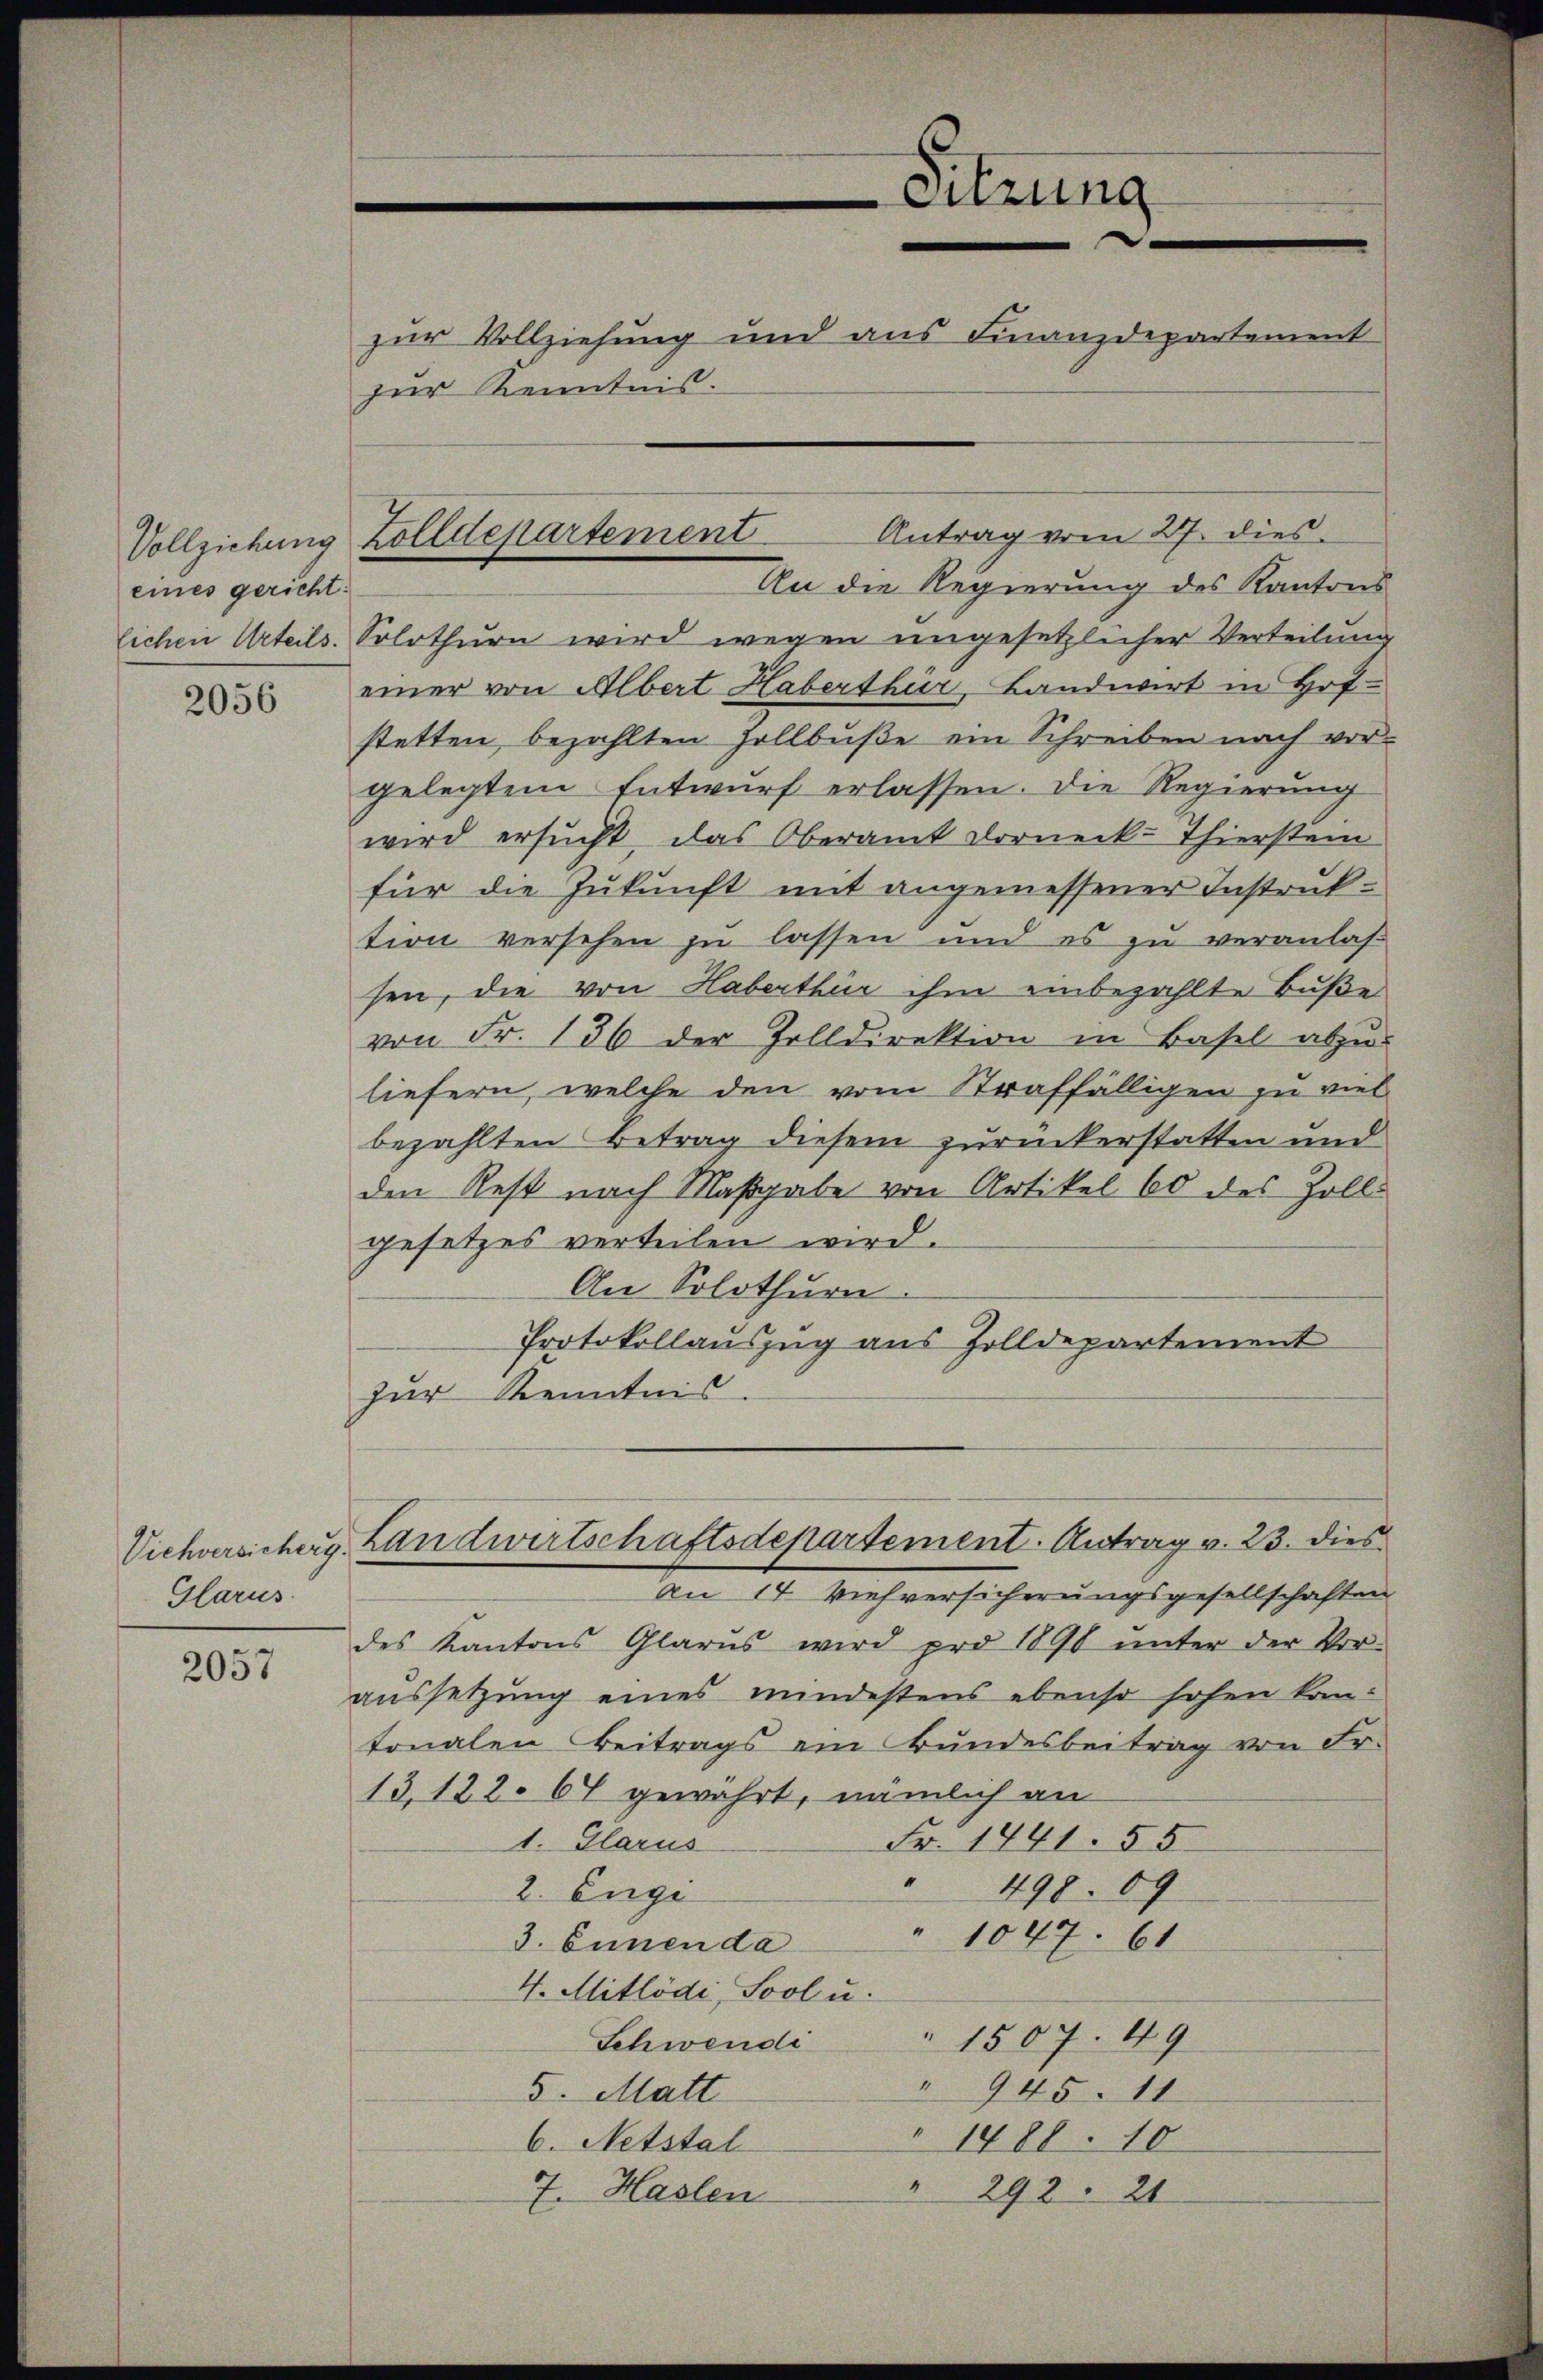
eines gericht:

2056

Glarus.

2057

zur Kenntnis.

An die Regierung des Kantons
lichen Urteils. Solothurn wird wegen ungesetzlicher Verteilung
einer von Albert Haberthur, Landwirt in Hof-
stetten, bezahlten Zollbuße ein Schreiben nach vor-
gelegtem Entwŭrf erlassen. Die Regierung
wird ersucht, das Oberamt Dorneck-Thierstein
für die Zukunft mit angemessener Instruktion versehen zu lassen und es zu veranlassen, die von Haberthür ihm einbezahlte Buße
von Fr. 136 der Zolldirektion in Basel abzŭ-
liefern, welche den vom Straffälligen zu viel
bezahlten Betrag diesem zurückerstatten und
den Rest nach Maßgabe von Artikel 60 des Zoll-
gesetzes verteilen wird.
An Solothurn.
Protokollauszug aus Zolldepartement
zur Kenntnis
Viehversichers Landwirtschaftsdepartement. Antrag v. 23. dies
An 14 Viehversicherungsgesellschaften
des Kantons Glarus wird pro 1890 ŭnter der Vor-
aussetzung eines mindestens ebenso hohen kantonalen Beitrags ein Bundesbeitrag von Fr.
13,122. 67 gewährt, nämlich an
Fr. 1441. 55
1. Glarus
 498. 89
2. Euge
1047. 61
3. Einen da
4. Mitlödi, Sool u.
" 1507. 49
Schwendi
" 945. 11
5. Matt
" 1488. 10
6. Notstal
" 292. 21
7. Haslen

Sitzung
zur Vollziehung und aus Finanzdepartement

Vollziehung Zolldepartement Antrag vom 27. dies